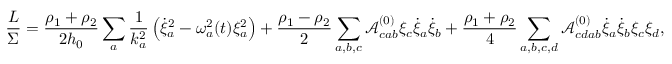
\frac { L } { \Sigma } = \frac { \rho _ { 1 } + \rho _ { 2 } } { 2 h _ { 0 } } \sum _ { a } \frac { 1 } { k _ { a } ^ { 2 } } \left( \dot { \xi } _ { a } ^ { 2 } - \omega _ { a } ^ { 2 } ( t ) \xi _ { a } ^ { 2 } \right) + \frac { \rho _ { 1 } - \rho _ { 2 } } { 2 } \sum _ { a , b , c } \mathcal { A } _ { c a b } ^ { ( 0 ) } \xi _ { c } \dot { \xi } _ { a } \dot { \xi } _ { b } + \frac { \rho _ { 1 } + \rho _ { 2 } } { 4 } \sum _ { a , b , c , d } \mathcal { A } _ { c d a b } ^ { ( 0 ) } \dot { \xi } _ { a } \dot { \xi } _ { b } \xi _ { c } \xi _ { d } ,